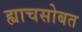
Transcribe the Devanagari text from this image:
ह्याचसोबत